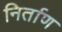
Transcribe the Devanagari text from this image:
निर्ताण